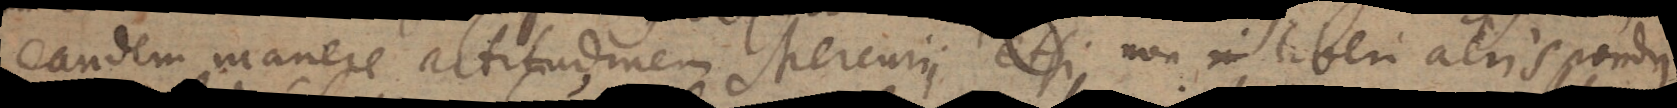
eandem manere altitudinem Mercurii etsi non in liberi aeris pondus